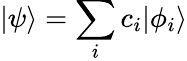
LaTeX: |\psi\rangle=\sum_{i}c_{i}|\phi_{i}\rangle